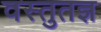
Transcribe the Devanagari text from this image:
वस्तुतज्ञ